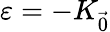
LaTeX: \varepsilon=-K_{\vec{0}}